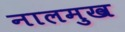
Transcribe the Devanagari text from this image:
नालमुख